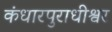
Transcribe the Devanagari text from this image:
कंधारपुराधीश्वर